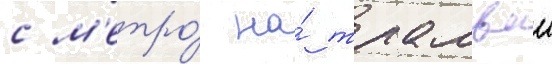
с м'етро́ на́ трамваи